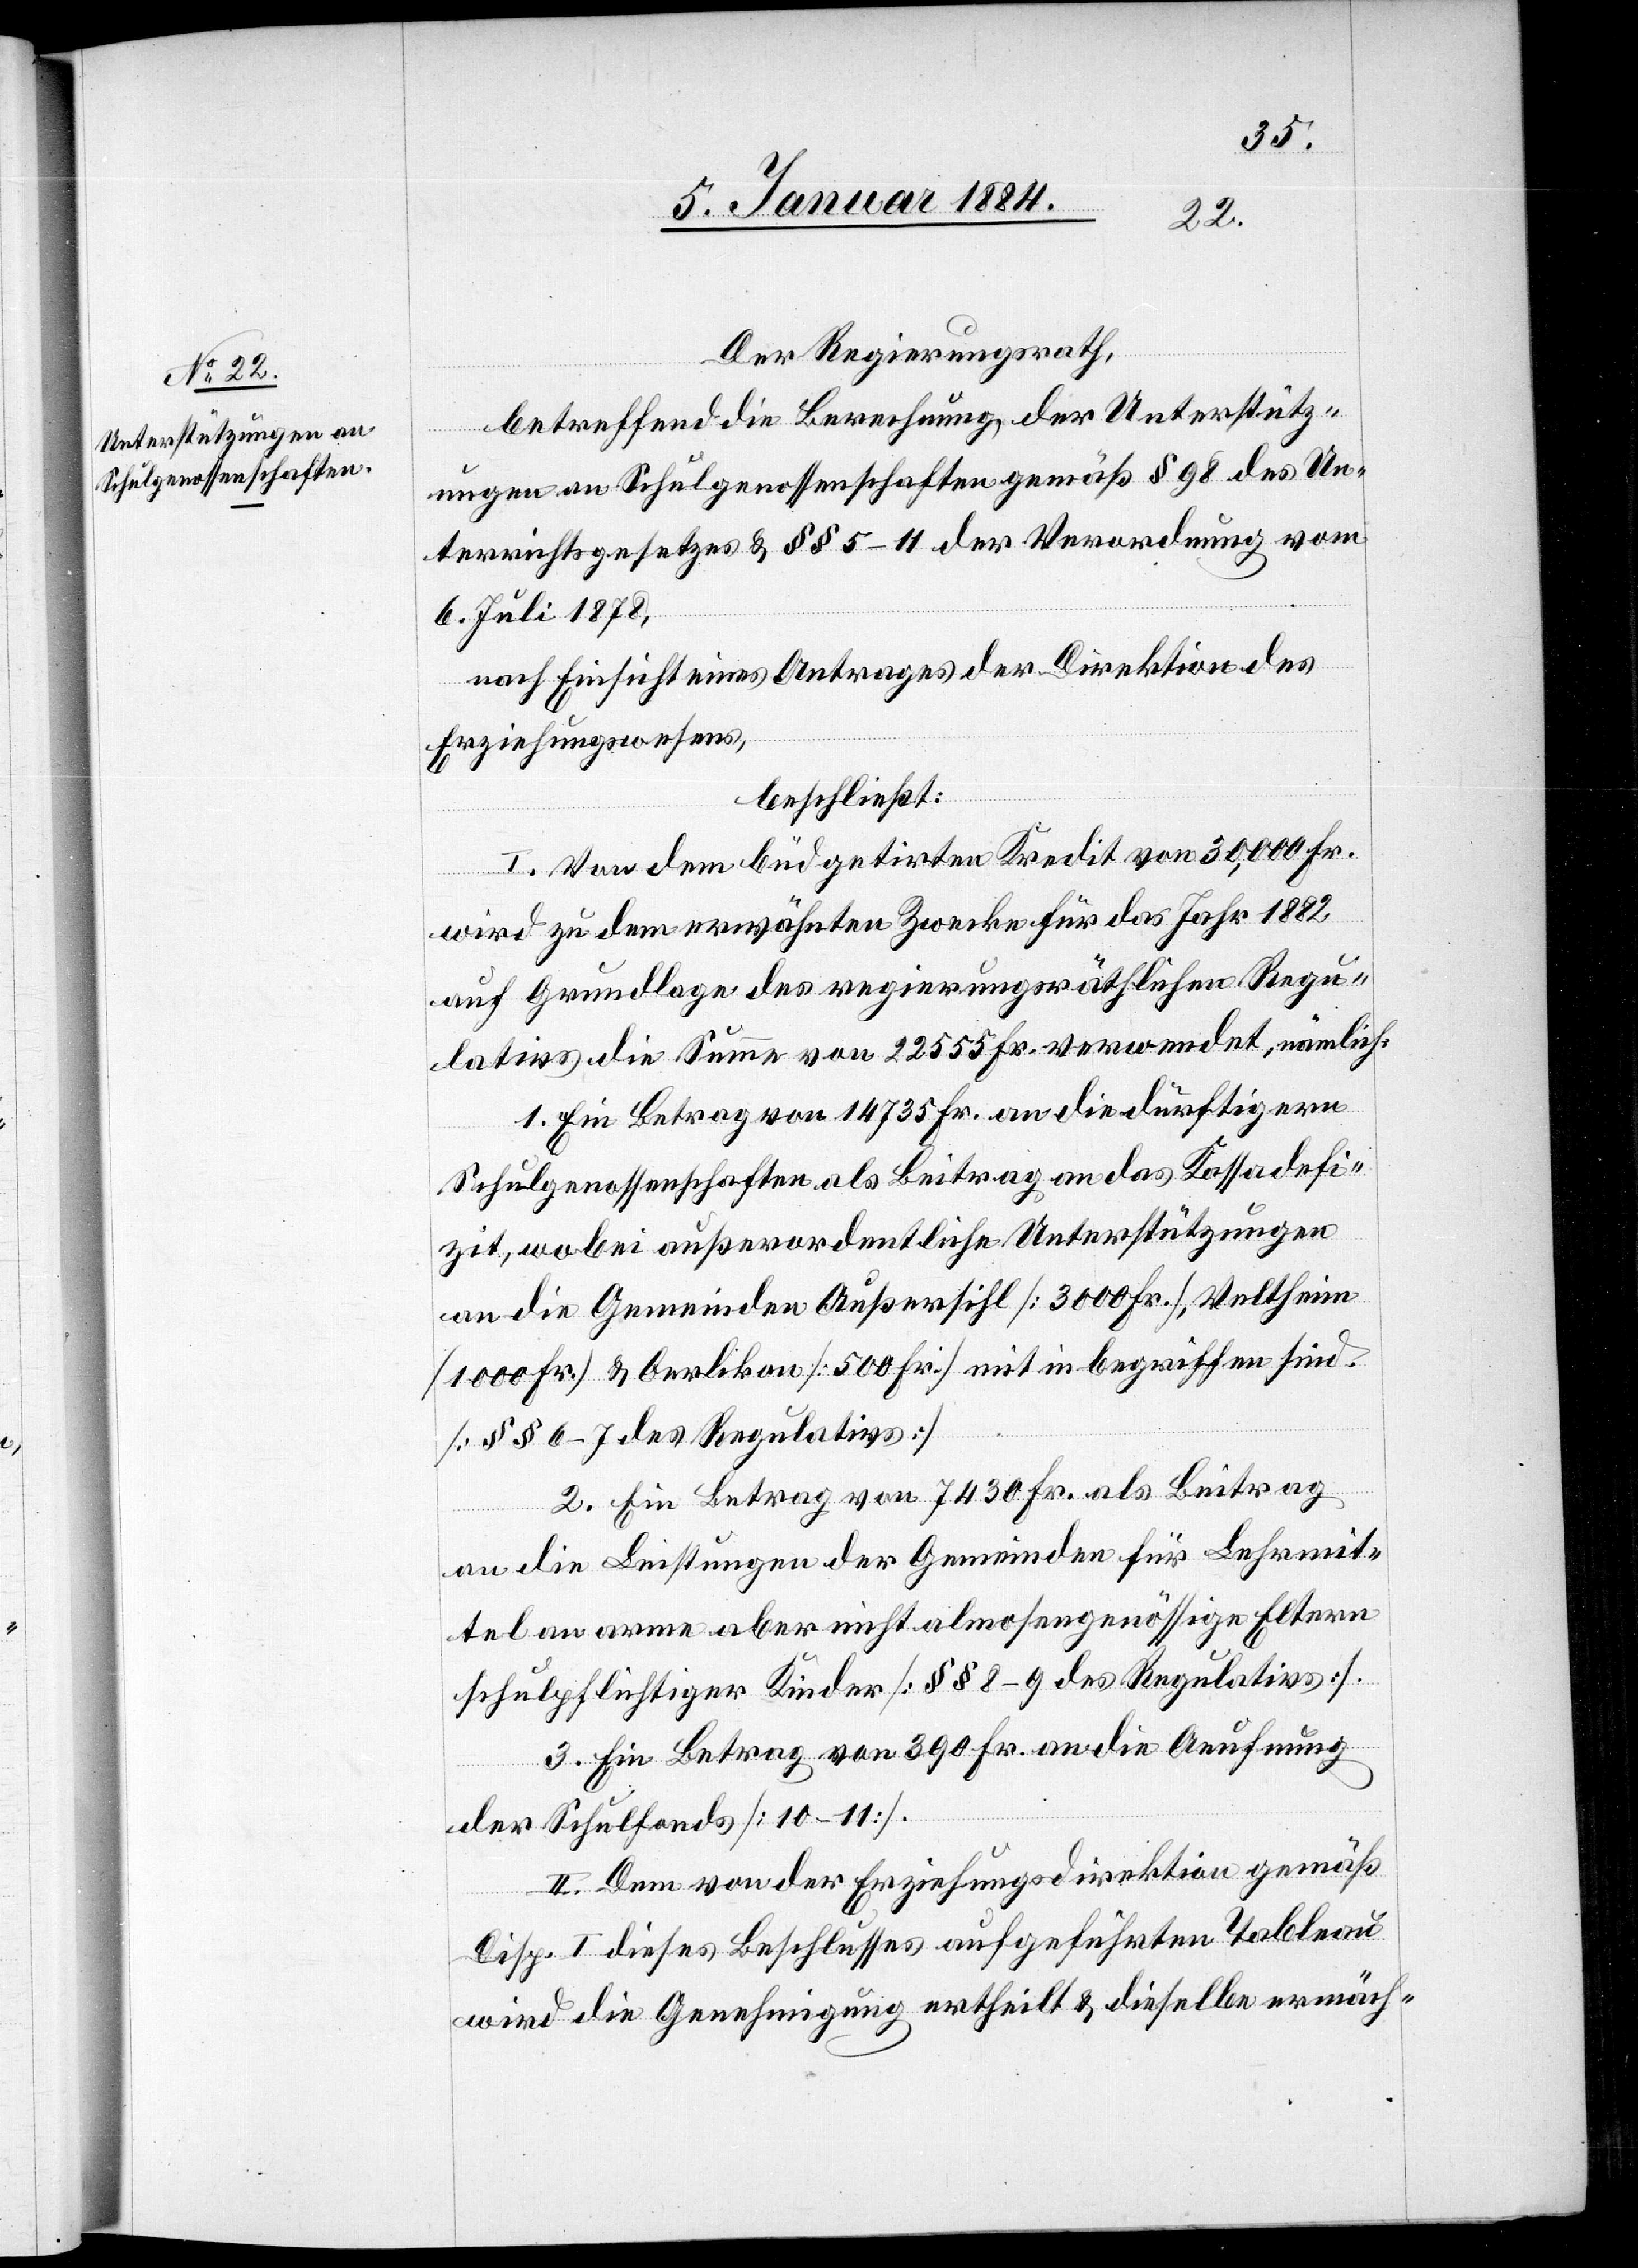
Der Regierungsrath,
betreffend die Berechnung der Unterstütz¬
ungen an Schulgenossenschaften gemäß § 98 des Un¬
terrichtsgesetzes & §§ 5–11 der Verordnung vom
6. Juli 1878,
nach Einsicht eines Antrages der Direktion des
Erziehungswesens,
beschließt:
I. Von dem büdgetirten Kredit von 30,000 Fr.
wird zu dem erwähnten Zwecke für das Jahr 1882
auf Grundlage des regierungsräthlichen Regu¬
latives die Summe von 22,555 Fr. verwendet, nämlich:
1. Ein Betrag von 14,735 Fr. an die dürftigeren
Schulgenossenschaften als Beitrag an das Kassadefi¬
zit, wobei außerordentliche Unterstützungen
an die Gemeinden Außersihl [3000 Fr.], Veltheim
[1000 Fr.] & Oerlikon [500 Fr.] mit inbegriffen sind.
[§§ 6–7 des Regulatives].
2. Ein Betrag von 7430 Fr. als Beitrag
an die Leistungen der Gemeinden für Lehrmit¬
tel an arme aber nicht almosengenössige Eltern
schulpflichtiger Kinder [§§ 8–9 des Regulatives].
3. Ein Betrag von 390 Fr. an die Aeufnung
der Schulfonds [10–11].
II. Dem von der Erziehungsdirektion gemäß
Disp. I dieses Beschlusses aufgeführten Tableau
wird die Genehmigung ertheilt & dieselbe ermäch-